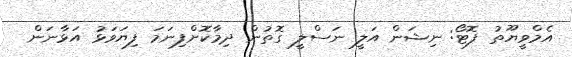
އެމްވީޔޫތު ފޮޓޯ: ނިޝަން އަލީ ނަސްލީ ގޮތުން ދިމާކޮށްފިނަމަ ފިޔަވަޅު އަޅާނަން